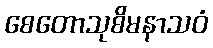
စေတောသုစိမနာသဝံ